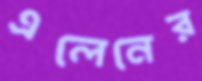
এলেনের